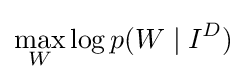
\max _{W}\log p(W\mid I^{D})